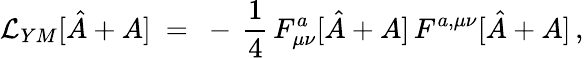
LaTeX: {\cal L}_{YM}[\hat{A}+A]\ =\ -\, \frac{1}{4}\, F_{\mu\nu}^{a}[\hat{A}+A]\, F^{a,\mu\nu}[\hat{A}+A]\, ,